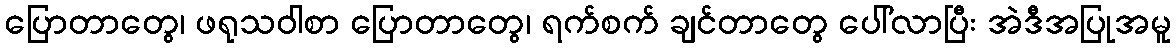
ပြောတာတွေ၊ ဖရုသဝါစာ ပြောတာတွေ၊ ရက်စက် ချင်တာတွေ ပေါ်လာပြီး အဲဒီအပြုအမူ